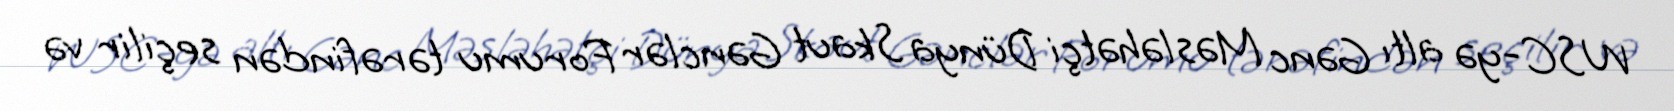
WSC-yə altı Gənc Məsləhətçi Dünya Skaut Gənclər Forumu tərəfindən seçilir və